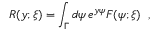
R ( y ; \xi ) = \int _ { \Gamma } d \psi \, e ^ { y \psi } F ( \psi ; \xi ) \; \; ,